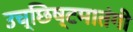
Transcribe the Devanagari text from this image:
उच्छिष्टमातंगी